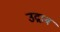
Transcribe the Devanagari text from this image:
उद्राब